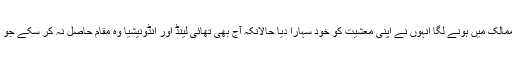
یوں ملائیشیا کا شمار ترقی پذیر ممالک میں ہونے لگا انہوں نے اپنی معشیت کو خود سہارا دیا حالانکہ آج بھی تھائی لینڈ اور انڈونیشیا وہ مقام حاصل نہ کر سکے جو کہ ان کے پاس 1997ء میں تھا۔